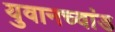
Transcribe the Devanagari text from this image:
युवानच्वांड